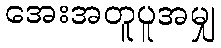
အေးအတူပူအမျှ